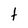
Character: t